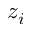
z _ { i }